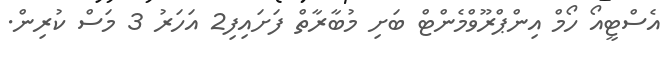
އެސްޓީއޯ ހޯމް އިންޕްރޫވްމެންޓް ބަށި މުބާރާތް ފަށައިފި2 އަހަރު 3 މަސް ކުރިން.